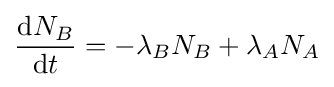
{\frac {\mathrm {d} N_{B}}{\mathrm {d} t}}=-\lambda _{B}N_{B}+\lambda _{A}N_{A}